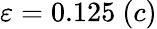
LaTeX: \varepsilon=0.125\ (c)